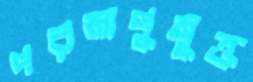
পরমাণুমুক্ত